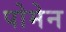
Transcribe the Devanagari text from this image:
पोमेन